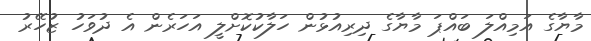
މާޔާގެ އަމިއްލަ ބައްޕަ މާޔާގެ ދިރިއުޅުން ހަލާކުކޮށްލީ އަހަރެން އެ ދުވަހު ޒުހޭރު